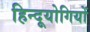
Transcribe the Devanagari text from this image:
हिन्दूयोगियों